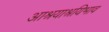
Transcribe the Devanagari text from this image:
आश्रयाश्रयिभाव